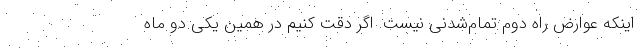
اینکه عوارض راه دوم تمام‌شدنی نیست. اگر دقت کنیم در همین یکی دو ماه